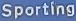
Sporting